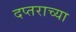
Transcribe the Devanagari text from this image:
दप्तराच्या